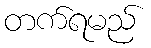
တက်ရမည်